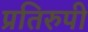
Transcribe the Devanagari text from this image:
प्रतिरुपी